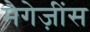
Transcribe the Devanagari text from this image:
मैगेज़ींस